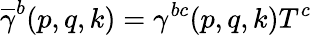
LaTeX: \overline{{{\gamma}}}^{b}(p,q,k)=\gamma^{bc}(p,q,k)T^{c}